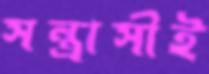
সন্ত্রাসীই